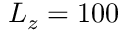
L _ { z } = 1 0 0